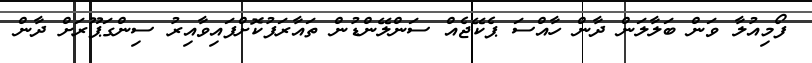
ފޯމިއުލާ ވަން ބަލާލަން ދާން ހާއްސަ ޕެކޭޖެއް ސަންލޭންޑުން ތައާރަފުކޮށްފައިވާއިރު ސިންގަޕޫރަށް ދާން